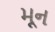
મૂન